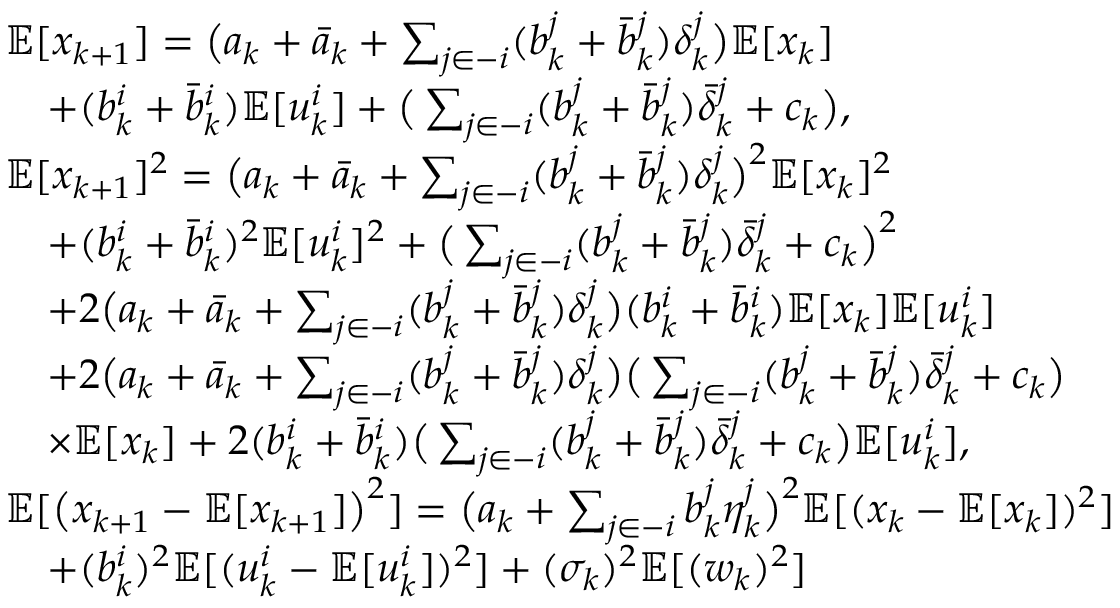
\begin{array} { r l } & { \mathbb { E } [ x _ { k + 1 } ] = \big ( a _ { k } + \bar { a } _ { k } + \sum _ { j \in - i } ( b _ { k } ^ { j } + \bar { b } _ { k } ^ { j } ) \delta _ { k } ^ { j } \big ) \mathbb { E } [ x _ { k } ] } \\ & { \quad + ( b _ { k } ^ { i } + \bar { b } _ { k } ^ { i } ) \mathbb { E } [ u _ { k } ^ { i } ] + \big ( \sum _ { j \in - i } ( b _ { k } ^ { j } + \bar { b } _ { k } ^ { j } ) \bar { \delta } _ { k } ^ { j } + c _ { k } \big ) , } \\ & { \mathbb { E } [ x _ { k + 1 } ] ^ { 2 } = \big ( a _ { k } + \bar { a } _ { k } + \sum _ { j \in - i } ( b _ { k } ^ { j } + \bar { b } _ { k } ^ { j } ) \delta _ { k } ^ { j } \big ) ^ { 2 } \mathbb { E } [ x _ { k } ] ^ { 2 } } \\ & { \quad + ( b _ { k } ^ { i } + \bar { b } _ { k } ^ { i } ) ^ { 2 } \mathbb { E } [ u _ { k } ^ { i } ] ^ { 2 } + \big ( \sum _ { j \in - i } ( b _ { k } ^ { j } + \bar { b } _ { k } ^ { j } ) \bar { \delta } _ { k } ^ { j } + c _ { k } \big ) ^ { 2 } } \\ & { \quad + 2 \big ( a _ { k } + \bar { a } _ { k } + \sum _ { j \in - i } ( b _ { k } ^ { j } + \bar { b } _ { k } ^ { j } ) \delta _ { k } ^ { j } \big ) ( b _ { k } ^ { i } + \bar { b } _ { k } ^ { i } ) \mathbb { E } [ x _ { k } ] \mathbb { E } [ u _ { k } ^ { i } ] } \\ & { \quad + 2 \big ( a _ { k } + \bar { a } _ { k } + \sum _ { j \in - i } ( b _ { k } ^ { j } + \bar { b } _ { k } ^ { j } ) \delta _ { k } ^ { j } \big ) \big ( \sum _ { j \in - i } ( b _ { k } ^ { j } + \bar { b } _ { k } ^ { j } ) \bar { \delta } _ { k } ^ { j } + c _ { k } \big ) } \\ & { \quad \times \mathbb { E } [ x _ { k } ] + 2 ( b _ { k } ^ { i } + \bar { b } _ { k } ^ { i } ) \big ( \sum _ { j \in - i } ( b _ { k } ^ { j } + \bar { b } _ { k } ^ { j } ) \bar { \delta } _ { k } ^ { j } + c _ { k } \big ) \mathbb { E } [ u _ { k } ^ { i } ] , } \\ & { \mathbb { E } [ \big ( x _ { k + 1 } - \mathbb { E } [ x _ { k + 1 } ] \big ) ^ { 2 } ] = \big ( a _ { k } + \sum _ { j \in - i } b _ { k } ^ { j } \eta _ { k } ^ { j } \big ) ^ { 2 } \mathbb { E } [ ( x _ { k } - \mathbb { E } [ x _ { k } ] ) ^ { 2 } ] } \\ & { \quad + ( b _ { k } ^ { i } ) ^ { 2 } \mathbb { E } [ ( u _ { k } ^ { i } - \mathbb { E } [ u _ { k } ^ { i } ] ) ^ { 2 } ] + ( \sigma _ { k } ) ^ { 2 } \mathbb { E } [ ( w _ { k } ) ^ { 2 } ] } \end{array}